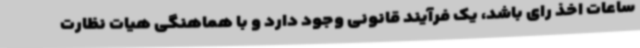
ساعات اخذ رای باشد، یک فرآیند قانونی وجود دارد و با هماهنگی هیات نظارت